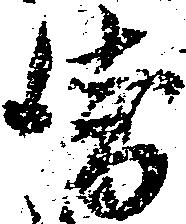
衛